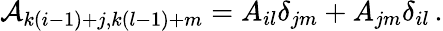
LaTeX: {\cal A}_{k(i-1)+j,k(l-1)+m}={A}_{il}\delta_{jm}+{A}_{jm}\delta_{il}\, .